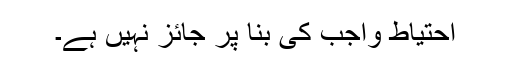
احتیاط واجب کی بنا پر جائز نہیں ہے۔